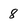
Character: 8